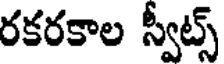
రకరకాల స్వీట్స్